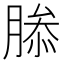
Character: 𮌤